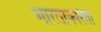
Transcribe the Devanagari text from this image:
भारताकरिता